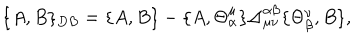
\{ A , B \} _ { D B } = \{ A , B \} - \{ A , \Theta _ { \alpha } ^ { \mu } \} \Delta _ { \mu \nu } ^ { \alpha \beta } \{ \Theta _ { \beta } ^ { \nu } , B \} ,